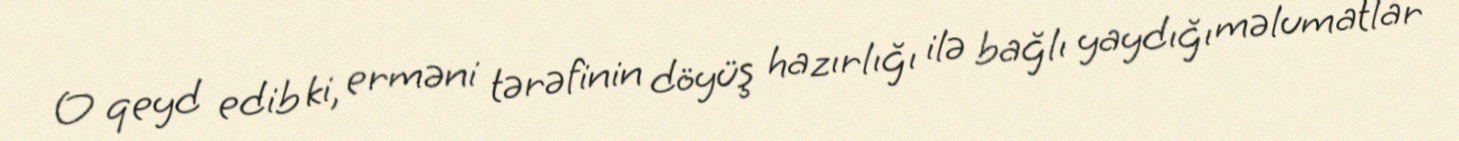
O qeyd edib ki, erməni tərəfinin döyüş hazırlığı ilə bağlı yaydığı məlumatlar